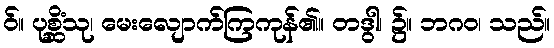
ဝ်။ ပုစ္ဆိံသု၊ မေးလျောက်ကြကုန်၏။ တဒွါ၊ ၌။ ဘဂဝ၊ သည်။